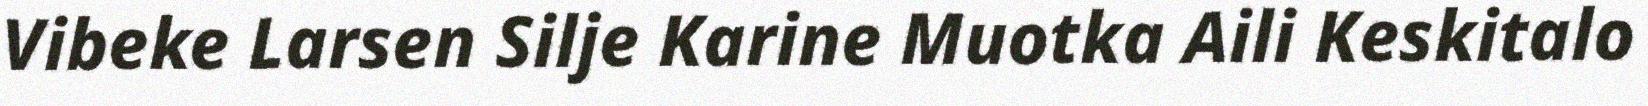
Vibeke Larsen Silje Karine Muotka Aili Keskitalo